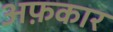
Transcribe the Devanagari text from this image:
अफ़कार